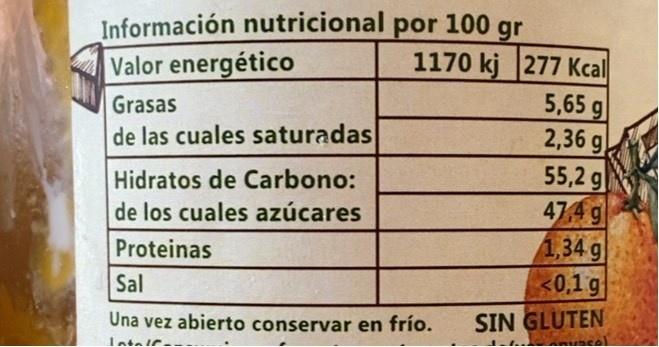
Información nutricional por 100 gr 1170 kj 277 Kcl 5,65 g 2,36 g 55,2 g 47,4 g 1,34 g <0,1 g
Valor energético
Grasas
de las cuales saturadas
Hidratos de Carbono:
de los cuales azúcares
Proteinas
Sal
Una vez abierto conservar en frio.
SIN GLUTEN